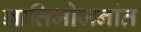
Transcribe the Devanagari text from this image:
ज्ञातिभोजनांत